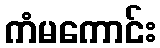
ကံမကောင်း